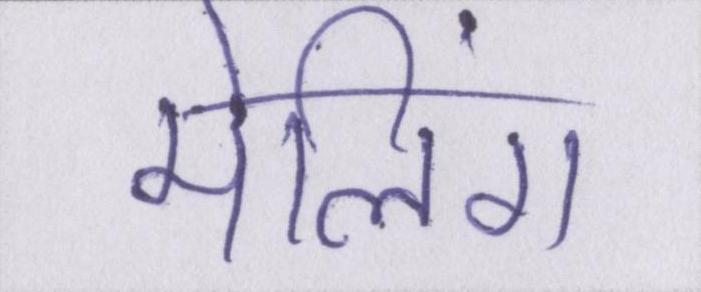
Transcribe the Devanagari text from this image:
मेलिंग